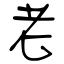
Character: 老